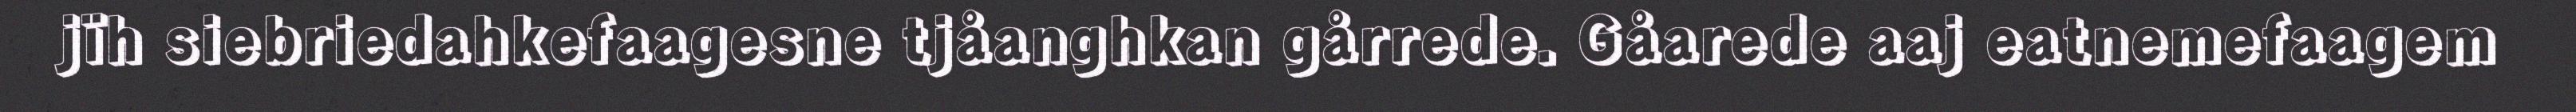
jïh siebriedahkefaagesne tjåanghkan gårrede. Gåarede aaj eatnemefaagem